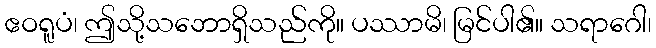
ဧဝရူပံ၊ ဤသို့သဘောရှိသည်ကို။ ပဿာမိ၊ မြင်ပါ၏။ သရာဂေါ၊